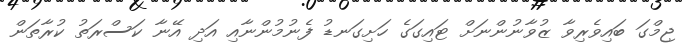
ޖިމްގަ ބައިވެރިވާ ޒުވާނުންނަށް ޓައިގަގެ ހަށިގަނޑު ފެނުމުންނާއި އަދި އޭނާ ކަސްރަތު ކުރާތަން